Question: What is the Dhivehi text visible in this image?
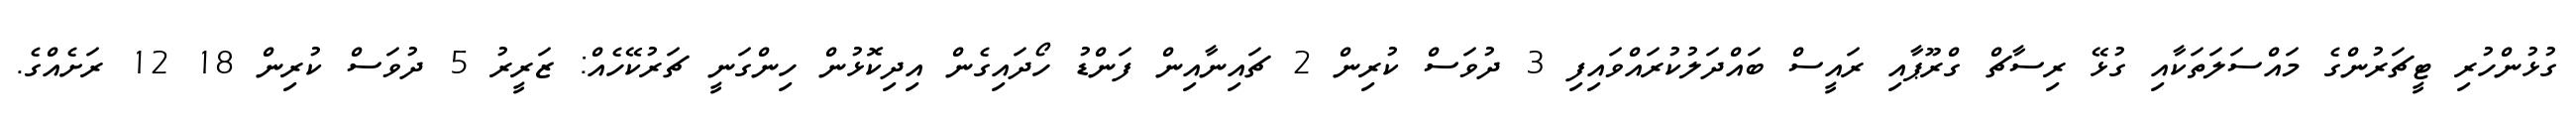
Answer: ގުޅުންހުރި ޓީޗަރުންގެ މައްސަލަތަކާއި ގުޅޭ ރިސާޗް ގްރޫޕާއި ރައީސް ބައްދަލުކުރައްވައިފި 3 ދުވަސް ކުރިން 2 ޗައިނާއިން ފަންޑު ހޯދައިގެން އިދިކޮޅުން ހިންގަނީ ޗަރުކޭހެއް: ޒަރީރު 5 ދުވަސް ކުރިން 18 12 ރަށެއްގެ.